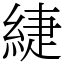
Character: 緁